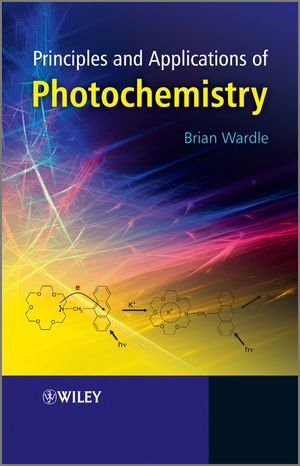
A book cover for Principles and Applications of Photochemistry; Brian Wardle; Science & Math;